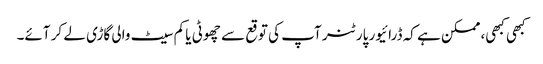
کبھی کبھی، ممکن ہے کہ ڈرائیور پارٹنر آپ کی توقع سے چھوٹی یا کم سیٹ والی گاڑی لے کر آئے۔